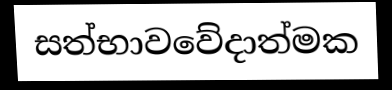
සත්භාවවේදාත්මක